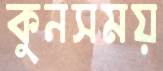
কুনসময়